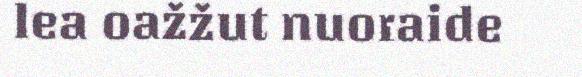
lea oažžut nuoraide